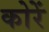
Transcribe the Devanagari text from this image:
कोरें